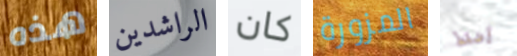
هذه الراشدين كان المزورة إضغط